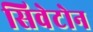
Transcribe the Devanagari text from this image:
सिवेटोन